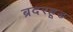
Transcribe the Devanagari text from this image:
ब्रदरहूड